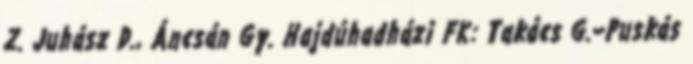
Z. Juhász D., Áncsán Gy. Hajdúhadházi FK: Takács G.–Puskás